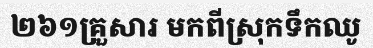
២៦១គ្រួសារ មកពីស្រុកទឹកឈូ